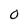
Character: 0